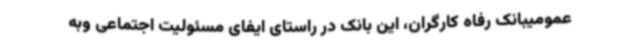
عمومیبانک رفاه کارگران، این بانک در راستای ایفای مسئولیت اجتماعی وبه